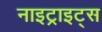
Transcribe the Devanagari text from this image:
नाइट्राइट्स